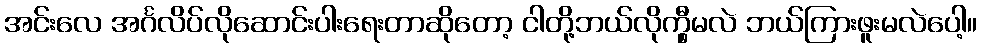
အင်းလေ အင်္ဂလိပ်လိုဆောင်းပါးရေးတာဆိုတော့ ငါတို့ဘယ်လိုက္မှီမလဲ ဘယ်ကြားဖူးမလဲပေါ့။